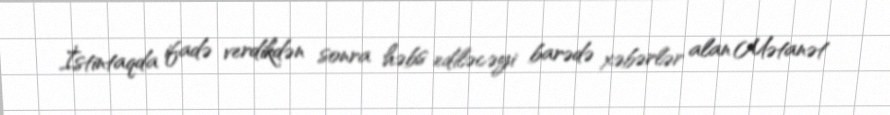
İstintaqda ifadə verdikdən sonra həbs ediləcəyi barədə xəbərlər alan Mətanət